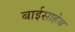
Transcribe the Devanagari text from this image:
बाईसाहेब